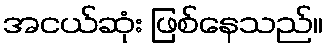
အငယ်ဆုံး ဖြစ်နေသည်။